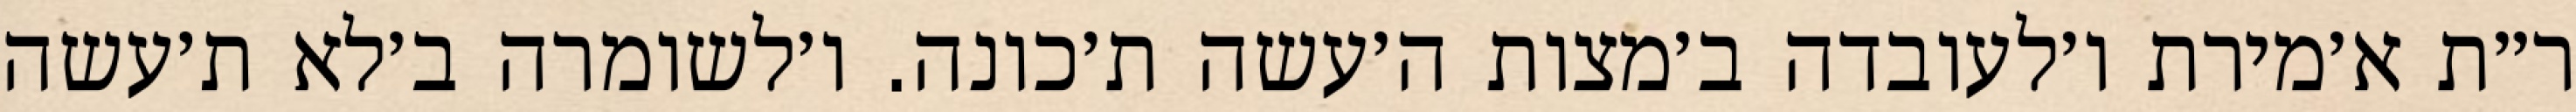
ר״ת א׳מירת ו׳לעובדה ב׳מצות ה׳עשה ת׳כונה. ו׳לשומרה ב׳לא ת׳עשה